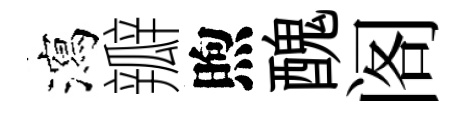
瀉瓣煦醜阁